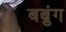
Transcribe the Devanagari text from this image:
बब्रुंग